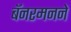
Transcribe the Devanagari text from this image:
बॅनरमनने